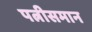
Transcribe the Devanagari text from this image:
पत्नीसमान